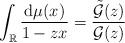
LaTeX: \begin{align*}\int_{\mathbb{R}}\frac{\mbox{d}\mu(x)}{1-zx}=\frac{\tilde{\mathcal{G}}(z)}{\mathcal{G}(z)}\end{align*}